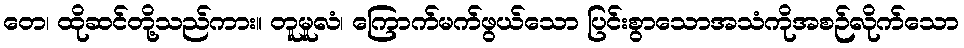
တေ၊ ထိုဆင်တို့သည်ကား။ တူမူလံ၊ ကြောက်မက်ဖွယ်သော ပြင်းစွာသောအသံကိုအစဉ်လိုက်သော